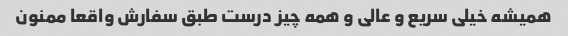
همیشه خیلی سریع و عالی و همه چیز درست طبق سفارش واقعا ممنون